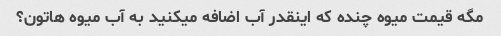
مگه قیمت میوه چنده که اینقدر آب اضافه میکنید به آب میوه هاتون؟